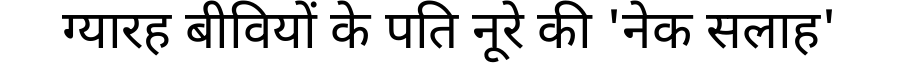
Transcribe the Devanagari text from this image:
ग्यारह बीवियों के पति नूरे की 'नेक सलाह'